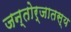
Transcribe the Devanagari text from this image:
जन्तोर्जातस्य